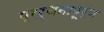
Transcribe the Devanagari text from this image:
प्रर्थनापूर्ण